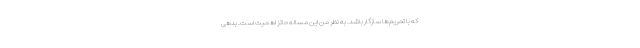
که با تحریم‌ها سازگار باشد. به نظر من این مساله حائز اهمیت است. بدهی